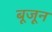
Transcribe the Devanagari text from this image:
बूजून